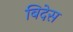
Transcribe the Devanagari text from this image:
बिदेस